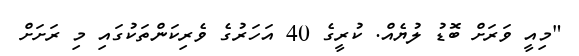
"މިއީ ވަރަށް ބޮޑު ލުޔެއް. ކުރީގެ 40 އަހަރުގެ ވެރިކަންތަކުގައި މި ރަށަށް